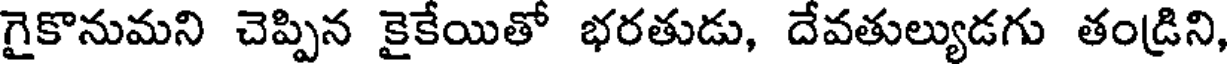
గైకొనుమని చెప్పిన కైకేయితో భరతుడు, దేవతుల్యుడగు తండ్రిని,